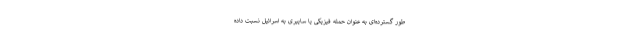
طور گسترده‌ای به عنوان حمله فیزیکی یا سایبری به اسرائیل نسبت داده